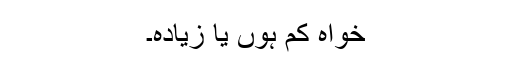
خواہ کم ہوں یا زیادہ۔